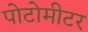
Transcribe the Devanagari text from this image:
पोटोमीटर